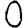
Digit: 0